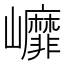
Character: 㠧